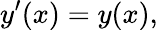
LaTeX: y^{\prime}(x)=y(x),